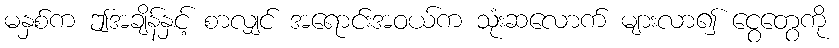
မနှစ်က ဤအချိန်နှင့် စာလျှင် အရောင်းအဝယ်က သုံးဆလောက် များလာ၍ ငွေတွေကို